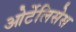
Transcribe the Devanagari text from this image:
ओर्टेलिसेस